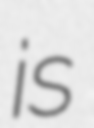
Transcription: is